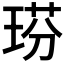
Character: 𤦈